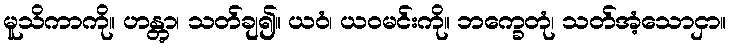
မူသိကာကို။ ဟန္တွာ၊ သတ်ချ၍။ ယဝံ၊ ယဝမင်းကို။ ဘက္ခေတုံ၊ သတ်အံ့သောငှာ။